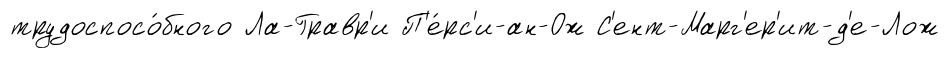
трудоспосо́бного Ла-Гравр'и П'е́рс'и-ан-Ож С'ент-Марг'ер'ит-д'е-Лож